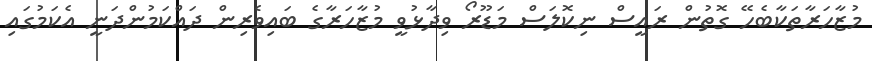
މުޒާހަރާތަކާބެހޭ ގޮތުން ރައީސް ނިކޮލަސް މަޑޫރޯ ވިދާޅުވީ މުޒާހަރާގެ ބައިވެރިން ދައްކަމުންދަނީ އެކަމުގައި